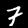
Digit: 7